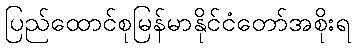
ပြည်ထောင်စုမြန်မာနိုင်ငံတော်အစိုးရ